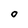
Character: O